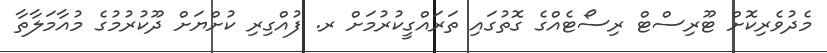
މެދުވެރިކޮށް ޓޫރިސްޓް ރިސޯޓެއްގެ ގޮތުގައި ތަރައްގީކުރުމަށް ރ. ފުއްގިރި ކުށްޔަށް ދޫކުރުމުގެ މުއާމަލާތާ